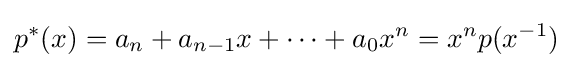
p^{*}(x)=a_{n}+a_{n-1}x+\cdots +a_{0}x^{n}=x^{n}p(x^{-1})